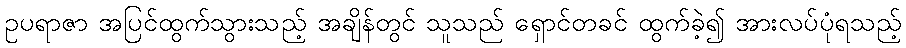
ဥပရာဇာ အပြင်ထွက်သွားသည့် အချိန်တွင် သူသည် ရှောင်တခင် ထွက်ခဲ့၍ အားလပ်ပုံရသည့်